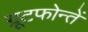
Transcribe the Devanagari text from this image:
ग्रूटफोन्तें